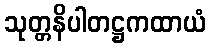
သုတ္တနိပါတဋ္ဌကထာယံ